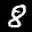
Label: 8